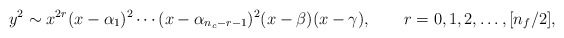
\begin{align*}y^2\sim x^{2r} (x-\alpha_{1})^{2} \cdots (x-\alpha_{n_{c}-r-1})^{2} (x-\beta) (x-\gamma), \qquad r=0,1,2,\ldots, [n_f/2],\end{align*}